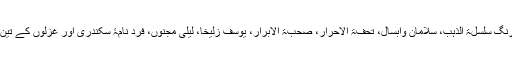
نظم میں سات مثنویاں ہفت اورنگ سلسلۃ الذہب، سلامان وابسال، تحفۃ الاحرار، صحبۃ الابرار، یوسف زلیخا، لیلی مجنوں، فرد نامۂ سکندری اور غزلوں کے تین مجموعے آپ کی یادگار ہیں۔